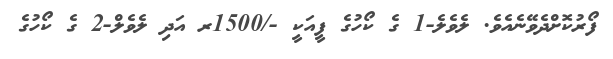
ފޯރުކޮށްދެވޭނެއެވެ. ލެވެލެ-1 ގެ ކޯހުގެ ފީއަކީ -/1500ރ އަދި ލެވެލް-2 ގެ ކޯހުގެ